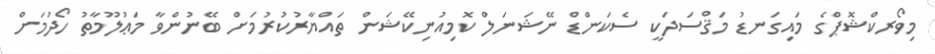
މިވޯރކްޝޮޕްގެ މައިގަނޑު މަޤްސަދަކީ ސެކަންޑް ނޭޝަނަލް ކޮމިއުނިކޭޝަން ތައްޔާރުކުރުމަށް ބޭނުންވާ މަޢުލޫމާތު ހޯދުމަށް